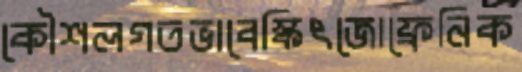
কৌশলগতভাবেস্কিৎজোফ্রেনিক